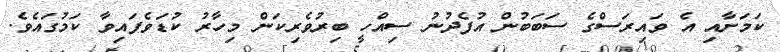
ކަމަށާއި އެ ވައިރަސްގެ ސަބަބުން އުފެދުނު ސިއްހީ ބިރުވެރިކަން މިހާރު ކުޑަވެފައިވާ ކަމުގައެވެ.